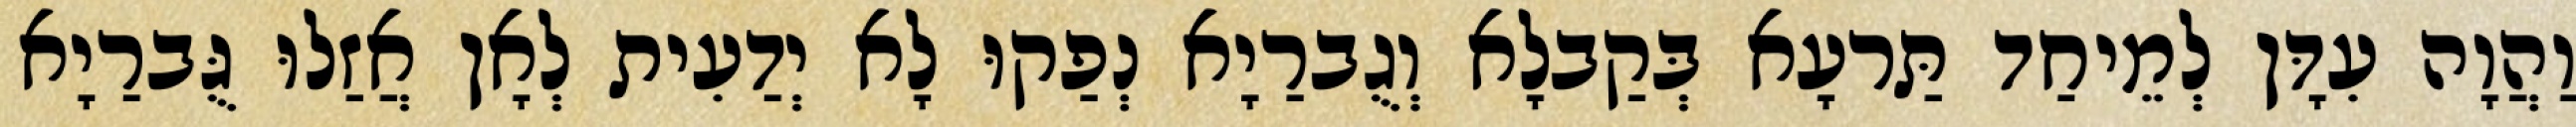
וַהֲוָה עִדָּן לְמֵיחַד תַּרעָא בְּקַבלָא וְגֻברַיָא נְפַקוּ לָא יְדַעִית לְאָן אֲזַלוּ גֻּברַיָא